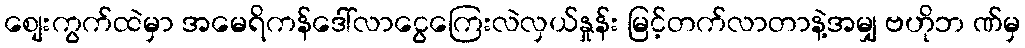
စျေးကွက်ထဲမှာ အမေရိကန်ဒေါ်လာငွေကြေးလဲလှယ်နှုန်း မြင့်တက်လာတာနဲ့အမျှ ဗဟိုဘ ဏ်မှ